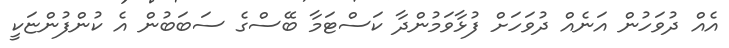
އެއް ދުވަހުން އަނެއް ދުވަހަށް ފުޅާވަމުންދާ ކަސްޓަމާ ބޭސްގެ ސަބަބުން އެ ކުންފުންޏަކީ